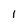
Character: 1